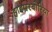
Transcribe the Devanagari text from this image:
हाइपरबोरिया